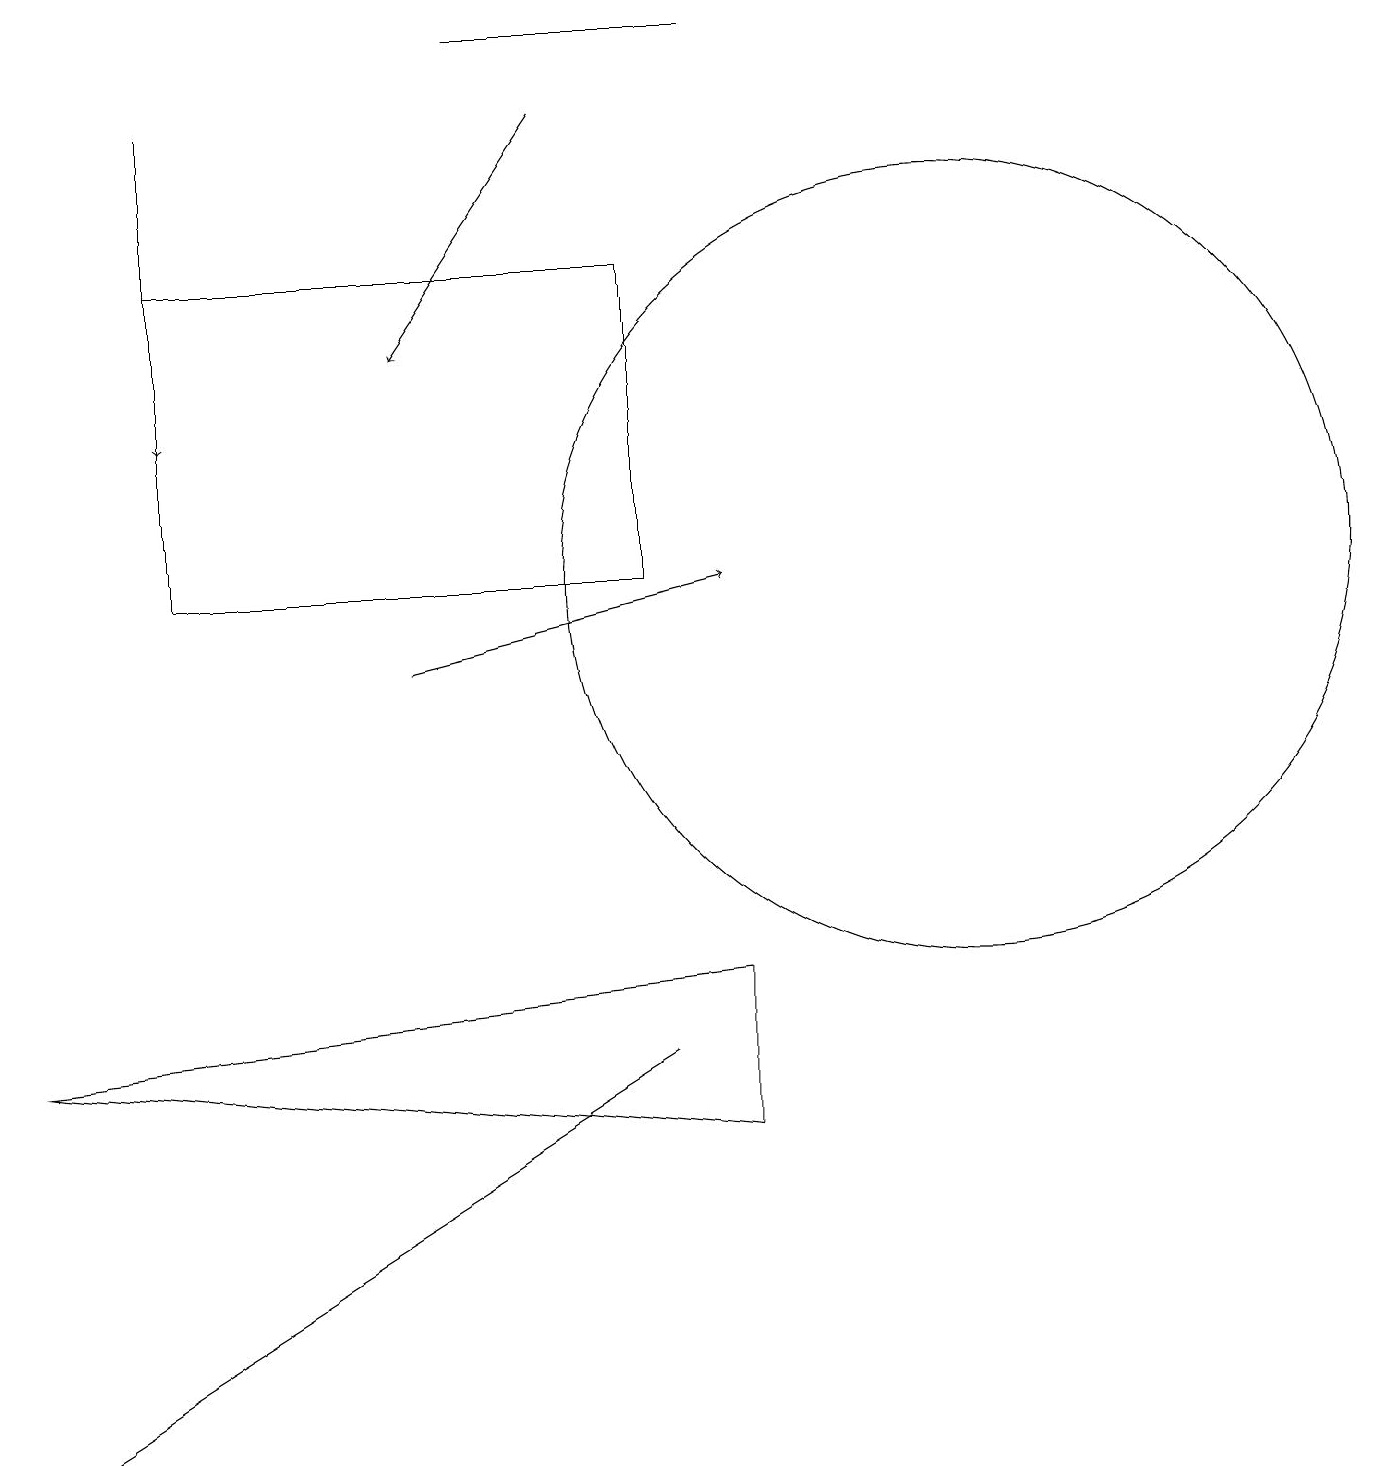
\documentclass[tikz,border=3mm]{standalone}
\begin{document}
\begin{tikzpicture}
\draw (12,11) circle (5);
\draw[->] (5,10) -- (9,11);
\draw (9,18) rectangle (6,18);
\draw (2,11) rectangle (8,15);
\draw[->] (7,17) -- (5,14);
\draw (0,0) -- (0,0) -- (8,5) -- cycle;
\draw[->] (2,17) -- (2,13);
\draw (0,5) -- (9,6) -- (9,4) -- cycle;
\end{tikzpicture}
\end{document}